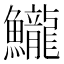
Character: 𱇈